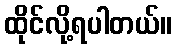
ထိုင်လို့ရပါတယ်။